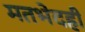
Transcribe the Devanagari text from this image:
मतभेदही